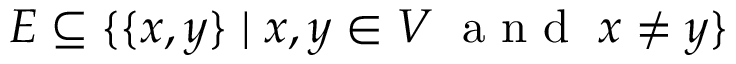
E \subseteq \{ \{ x , y \} \mid x , y \in V \; { \textrm { a n d } } \; x \neq y \}